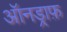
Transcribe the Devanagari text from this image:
ऑनड्राफ़